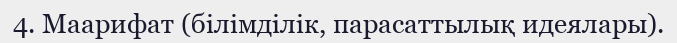
4. Маарифат (білімділік, парасаттылық идеялары).